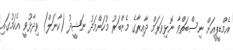
އެމްޑީޕީއަށް ނިސްބަތްވާ ނޮޅިވަރަމް ދާއިރާގެ މެންބަރު މުހަންމަދު ނަޝީދު (ކާނަލް) ވިދާޅުވީ އެކަމުގައި